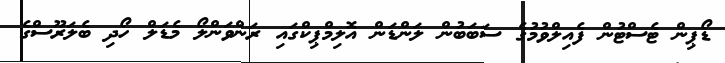
ޑޯޕިން ޓެސްޓުން ފެއިލްވުމުގެ ސަބަބުން ލަންޑަން އޮލިމްޕިކްގައި ރަންވަންލޯ މެޑަލް ހޯދި ބެލަރޫސްގެ